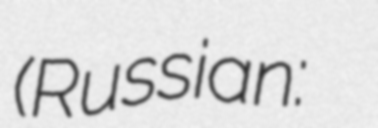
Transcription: (Russian: Олег